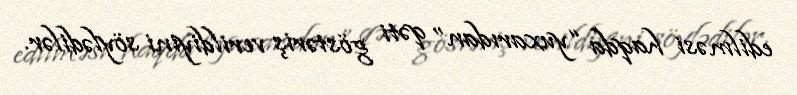
edilməsi haqda “yuxarıdan” qəti göstəriş verildiyini söylədilər.